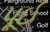
પૂઈ